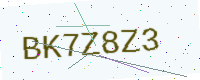
Text: BK7Z8Z3